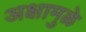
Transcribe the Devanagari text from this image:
अक्षामुळे